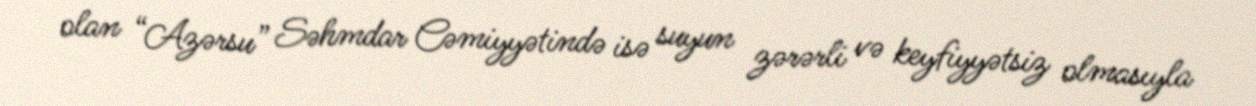
olan “Azərsu” Səhmdar Cəmiyyətində isə suyun zərərli və keyfiyyətsiz olmasıyla